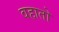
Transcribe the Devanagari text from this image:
वहातो